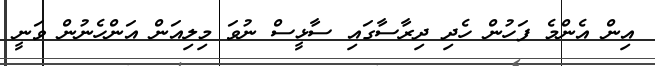
އިން އެންމެ ފަހުން ހެދި ދިރާސާގައި ސާޅީސް ނުވަ މިލިއަން އަންހެނުން ވަނީ